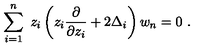
\sum _ { i = 1 } ^ { n } \ z _ { i } \left( z _ { i } { \frac { \partial } { \partial z _ { i } } } + 2 \Delta _ { i } \right) w _ { n } = 0 \ .